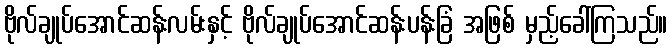
ဗိုလ်ချုပ်အောင်ဆန်းလမ်းနှင့် ဗိုလ်ချုပ်အောင်ဆန်းပန်းခြံ အဖြစ် မှည့်ခေါ်ကြသည်။